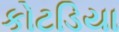
કોટડિયા